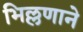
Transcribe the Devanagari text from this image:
भिल्लणाने